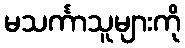
မသင်္ကာသူများကို